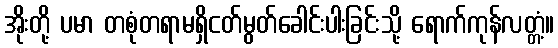
အိုးတို့ ပမာ တစုံတရာမရှိငတ်မွတ်ခေါင်းပါးခြင်းသို့ ရောက်ကုန်လတ္တံ့။